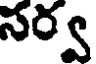
సర్వ